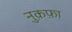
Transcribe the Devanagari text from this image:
नु़क़फ़ा